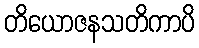
တိယောဇနသတိကာပိ